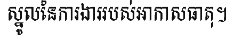
ស្នូលនៃការងាររបស់អាកាសធាតុ។